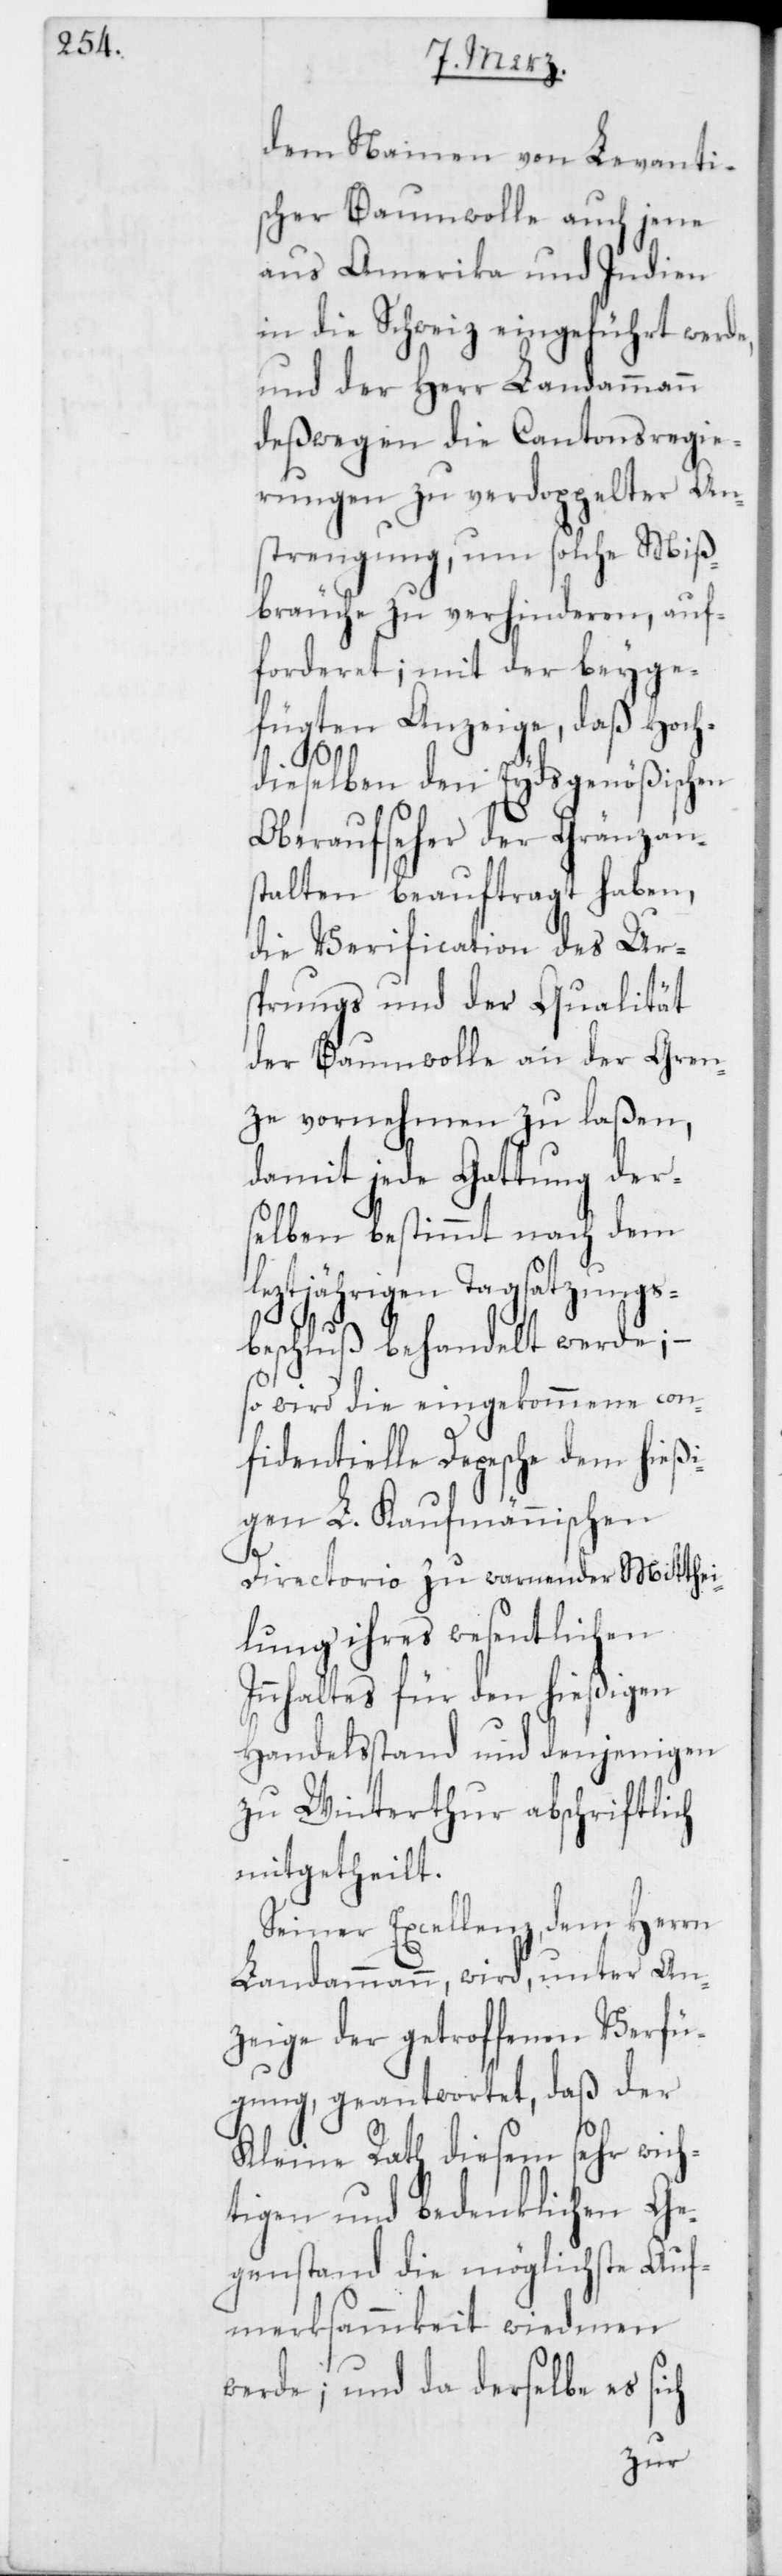
dem Namen von Levantis¬
cher Baumwolle auch jene
aus Amerika und Indien
in die Schweiz eingeführt werde,
und der Herr Landammann
deßwegen die Cantonsregie¬
rungen zu verdoppelter An¬
strengung, um solche Miß¬
bräuche zu verhinderen, auf¬
forderet; mit der beyge¬
fügten Anzeige, daß Hoch¬
dieselben den Eydsgenößischen
Oberaufseher der Gränzans¬
talten beauftragt haben,
die Verification des Ur¬
sprungs und der Qualität
der Baumwolle an der Gren¬
ze vornehmen zu laßen,
damit jede Gattung der¬
selben bestimmt nach dem
leztjährigen Tagsatzungs¬
beschluß behandelt werde; –
so wird die eingekommene con¬
fidentielle Depesche dem hießi¬
gen L. Kaufmännischen
Directorio zu warnender Mitthei¬
lung ihres wesentlichen
Innhaltes für den hießigen
Handelsstand und denjenigen
zu Winterthur abschriftlich
mitgetheilt.
Seiner Excellenz, dem Herrn
Landammann, wird, unter An¬
zeige der getroffenen Verfü¬
gung, geantwortet, daß der
Kleine Rath diesem sehr wich¬
tigen und bedenklichen Ge¬
genstand die möglichste Auf¬
merksammkeit wiedmen
werde; und da derselbe es sich